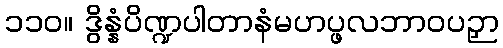
၁၁၀။ ဒွိန္နံပိဏ္ဍပါတာနံမဟပ္ဖလဘာဝပဉှာ